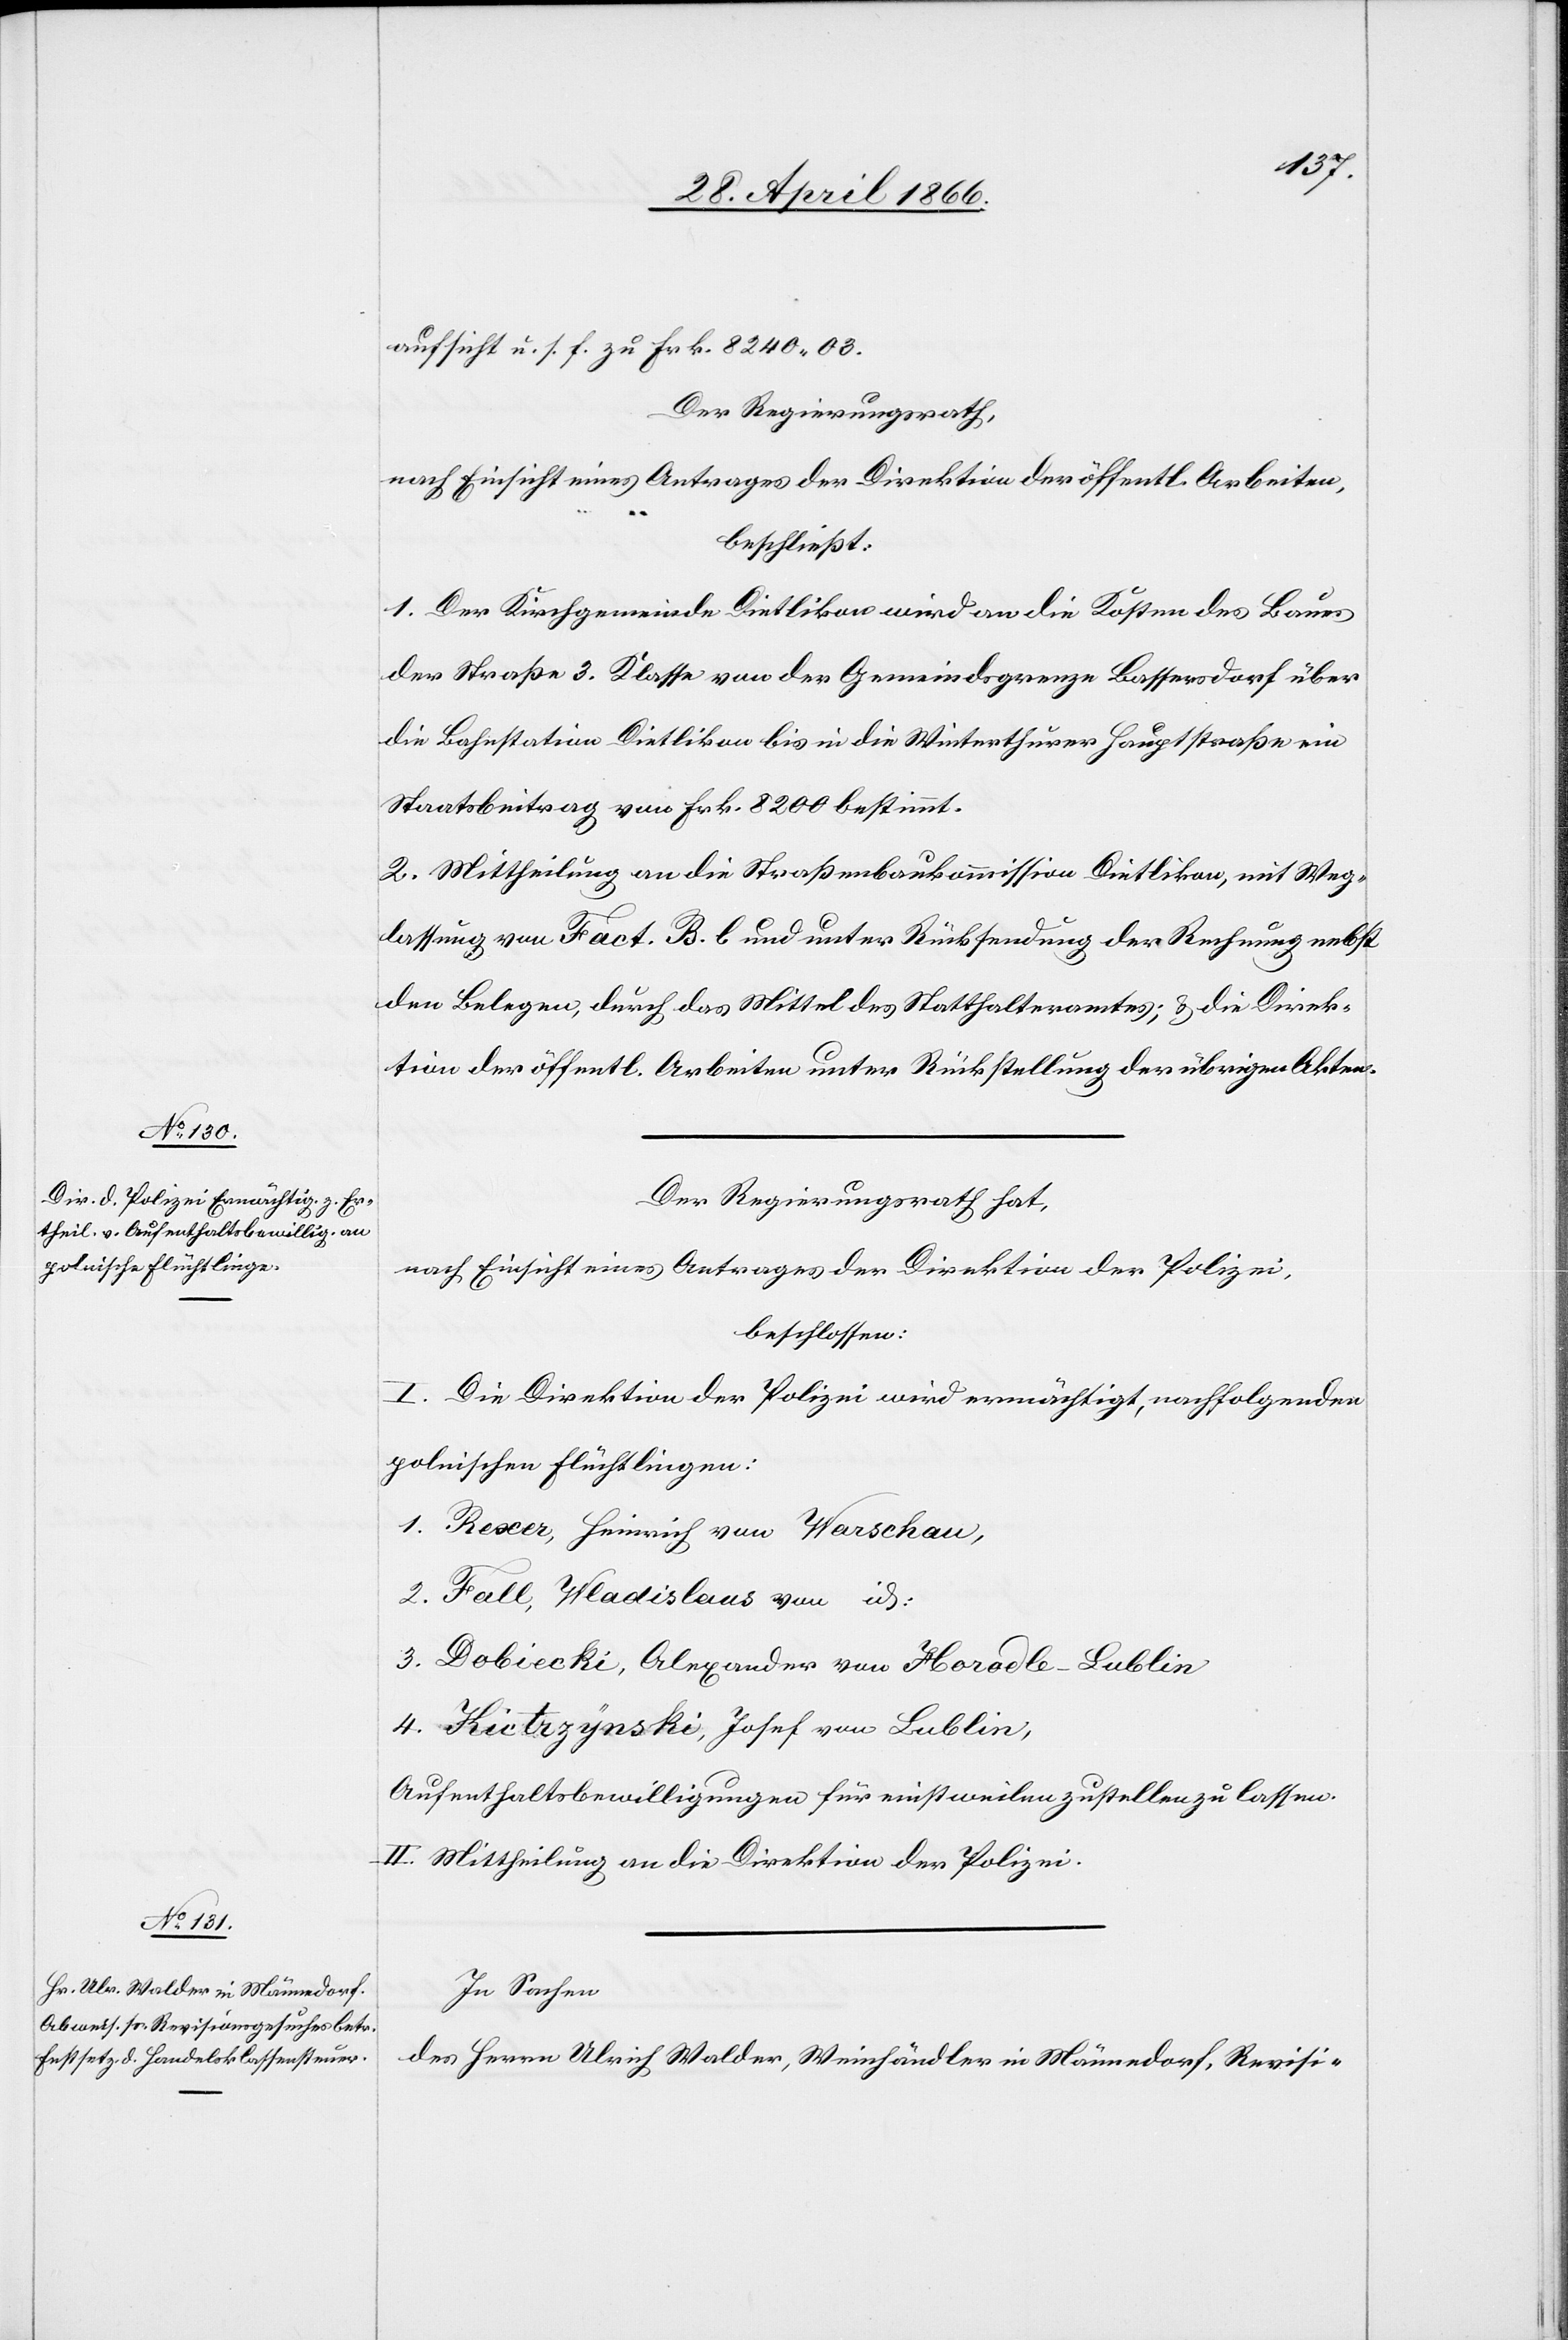
aufsicht u. s. f. zu Frk. 8240.03.
Der Regierungsrath,
nach Einsicht eines Antrages der Direktion der öffentl. Arbeiten,
beschließt:
1. Der Kirchgemeinde Dietlikon wird an die Kosten des Baues
der Straße 3. Klasse von der Gemeindsgrenze Bassersdorf über
die Bahnstation Dietlikon bis in die Winterthurer Hauptstraße ein
Staatsbeitrag von Frk. 8200 bestimmt.
2. Mittheilung an die Straßenbaukommission Dietlikon, mit Weg¬
lassung von Fact. B. b und unter Rücksendung der Rechnung nebst
den Belegen, durch das Mittel des Statthalteramtes; u. die Direk¬
tion der öffentl. Arbeiten unter Rückstellung der übrigen Akten.
Der Regierungsrath hat,
nach Einsicht eines Antrages der Direktion der Polizei,
beschlossen:
I. Die Direktion der Polizei wird ermächtigt, nachfolgenden
polnischen Flüchtlingen:
1. Rexer, Heinrich von Warschau,
2. Fall, Wadislaus von id:
3. Dobiecki, Alexander von Horadle-Lublin
[? Kietrzynski], Josef von Lublin,
Aufenthaltsbewilligungen für einstweilen zustellen zu lassen.
II. Mittheilung an die Direktion der Polizei.
In Sachen
des Herrn Ulrich Walder, Weinhändler in Männedorf, Revisi-